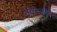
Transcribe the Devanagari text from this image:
सास्त्कीय